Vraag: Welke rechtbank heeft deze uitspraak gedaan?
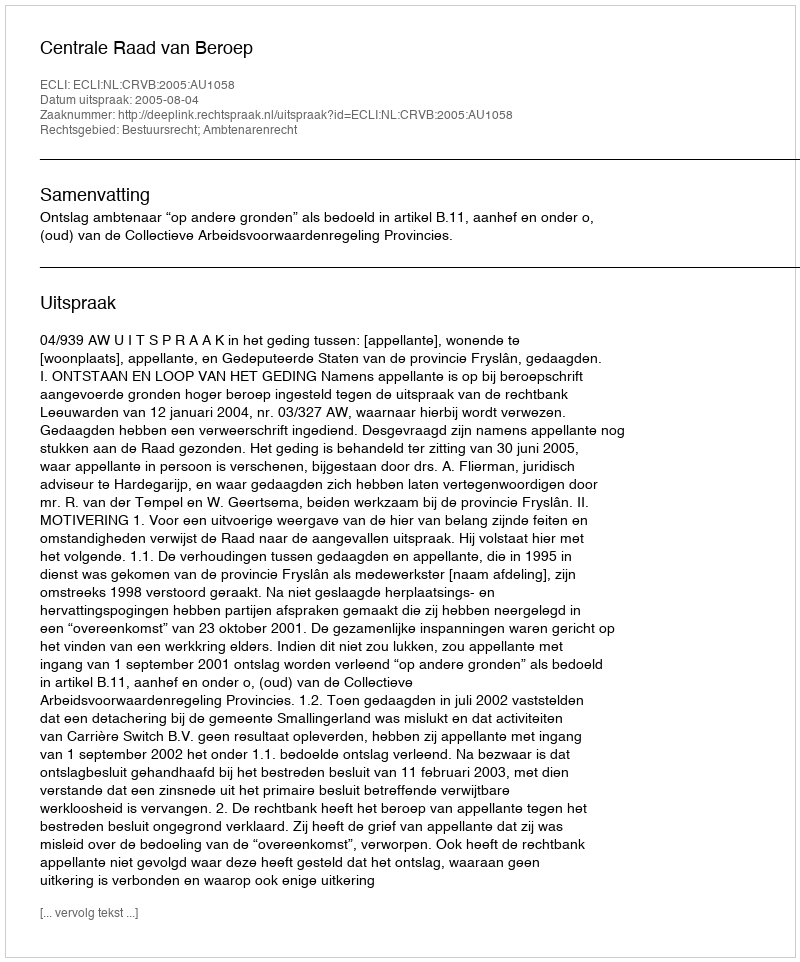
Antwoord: Centrale Raad van Beroep